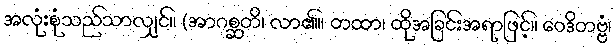
အလုံးစုံသည်သာလျှင်။ (အာဂစ္ဆတိ၊ လာ၏။ တထာ၊ ထိုအခြင်းအရာဖြင့်။ ဝေဒိတဗ္ဗံ၊